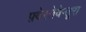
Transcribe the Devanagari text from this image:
फ़्वेरतेवेन्तूरा